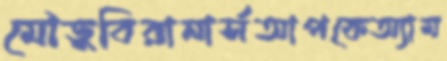
মৌডুবিরানার্সআপকেঅ্যাম